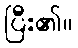
ပြီး၏။